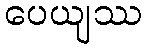
ပေယျဿ